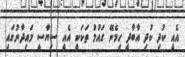
އެއީ ކުދި ކުދި އާބާދީ ހިމެނޭ ގައުމު ތަކަކީ އެއީ ސިޔާސީ މައިދާނުގައި